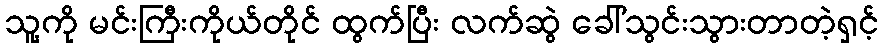
သူ့ကို မင်းကြီးကိုယ်တိုင် ထွက်ပြီး လက်ဆွဲ ခေါ်သွင်းသွားတာတဲ့ရှင့်